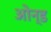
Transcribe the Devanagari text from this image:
ओन्ड